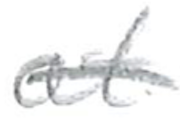
Text: at
Cross-out: single-line
Writing tool: pencil